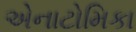
એનાટોમિકા